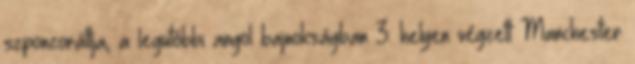
szponzoráltja, a legutóbbi angol bajnokságban 3. helyen végzett Manchester